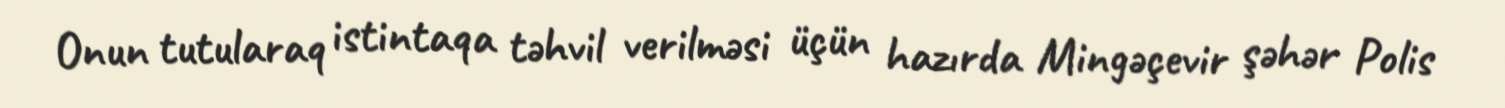
Onun tutularaq istintaqa təhvil verilməsi üçün hazırda Mingəçevir şəhər Polis